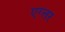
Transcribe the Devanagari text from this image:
एग्लर